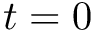
t = 0